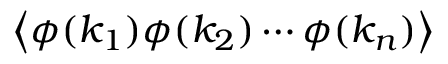
\left\langle \phi ( k _ { 1 } ) \phi ( k _ { 2 } ) \cdots \phi ( k _ { n } ) \right\rangle